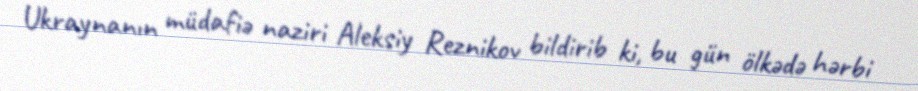
Ukraynanın müdafiə naziri Aleksiy Reznikov bildirib ki, bu gün ölkədə hərbi